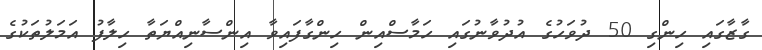
ގާޒާގައި ހިންގި 50 ދުވަހުގެ އުދުވާނުގައި ހަމާސްއިން ހިންގާފައިވާ އިންސާނިއްޔަތާ ހިލާފު އަމަލުތަކުގެ